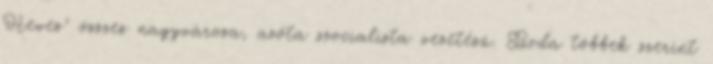
Heves" összes nagyvárosa, azóta szocialista vezetésű. Boda többek szerint